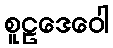
စူဠဒေဝေါ